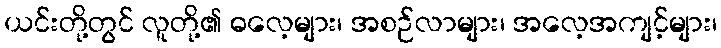
ယင်းတို့တွင် လူတို့၏ ဓလေ့များ၊ အစဉ်လာများ၊ အလေ့အကျင့်များ၊